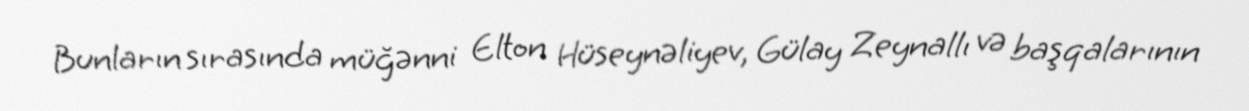
Bunların sırasında müğənni Elton Hüseynəliyev, Gülay Zeynallı və başqalarının